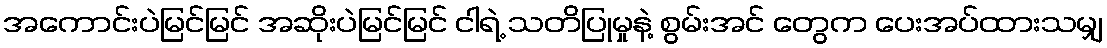
အကောင်းပဲမြင်မြင် အဆိုးပဲမြင်မြင် ငါရဲ့ သတိပြုမှုနဲ့ စွမ်းအင် တွေက ပေးအပ်ထားသမျှ